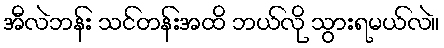
အီလဲဘန်း သင်တန်းအထိ ဘယ်လို သွားရမယ်လဲ။